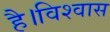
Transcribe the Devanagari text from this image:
है।विश्वास